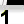
Digit: 1